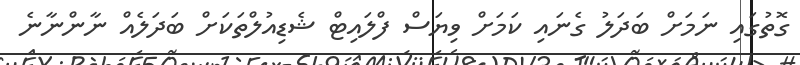
ގޮތުގައި ނަމަށް ބަދަލު ގެނައި ކަމަށް ވިޔަސް ފްލައިޓް ޝެޑިއުލްތަކަށް ބަދަލެއް ނާންނާނެ